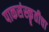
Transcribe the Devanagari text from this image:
पाकसंस्कॄतीचा